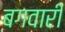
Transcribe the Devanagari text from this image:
बगवारी